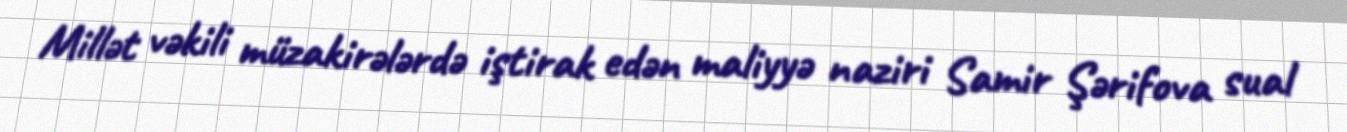
Millət vəkili müzakirələrdə iştirak edən maliyyə naziri Samir Şərifova sual